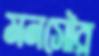
মনসৌর